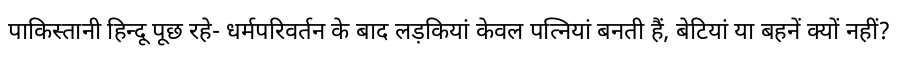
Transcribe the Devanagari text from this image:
पाकिस्तानी हिन्दू पूछ रहे- धर्मपरिवर्तन के बाद लड़कियां केवल पत्नियां बनती हैं, बेटियां या बहनें क्यों नहीं?